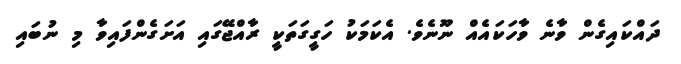
ދައްކައިގެން ވާނެ ވާހަކައެއް ނޫނެވެ. އެކަމަކު ހަގީގަތަކީ ރާއްޖޭގައި އަށަގެންފައިވާ މި ނުބައި